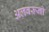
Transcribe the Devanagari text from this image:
अलबरूनो